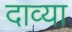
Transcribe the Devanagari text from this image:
दाव्या